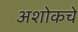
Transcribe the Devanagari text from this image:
अशोकचे